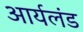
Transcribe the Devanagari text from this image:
आर्यलंड